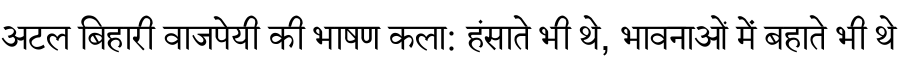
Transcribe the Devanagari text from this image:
अटल बिहारी वाजपेयी की भाषण कला: हंसाते भी थे, भावनाओं में बहाते भी थे